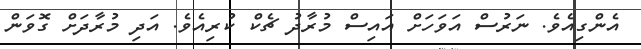
އެންގިއެވެ. ނަރުސް އަވަހަށް އައިސް މުރާދު ޗެކް ކުރިއެވެ. އަދި މުރާދަށް ގޮވަން